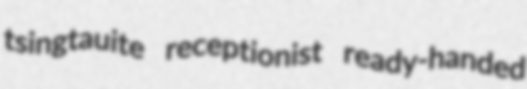
tsingtauite receptionist ready-handed